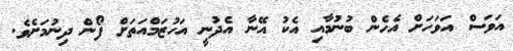
އަވަސް އަވަހަށް އެހެން ބުނުމާއި އެކު އޭނާ އެދުނީ އަހުޒަމްއަތަށް ފޯން ދިނުމަށެވެ.